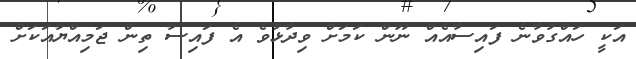
އަކީ ހައްގުވާނެ ފައިސާއެއް ނޫން ކަމަށް ވިދާޅުވެ އެ ފައިސާ ތިން ޖަމިއްޔާއަކަށް